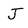
Character: j